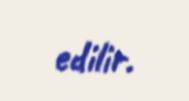
edilir.